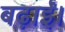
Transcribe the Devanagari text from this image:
बढ़ाईं।